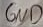
Text: GND